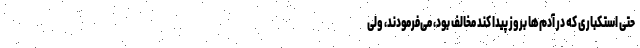
حتی استکباری که در آدم‌ها بروز پیدا کند مخالف بود، می‌فرمودند، ولی